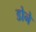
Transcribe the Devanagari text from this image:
डोने